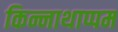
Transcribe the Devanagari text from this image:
किन्नाथाप्पम